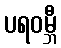
ပရဝမ္ဘီ